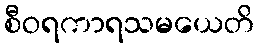
စီဝရကာရသမယေတိ